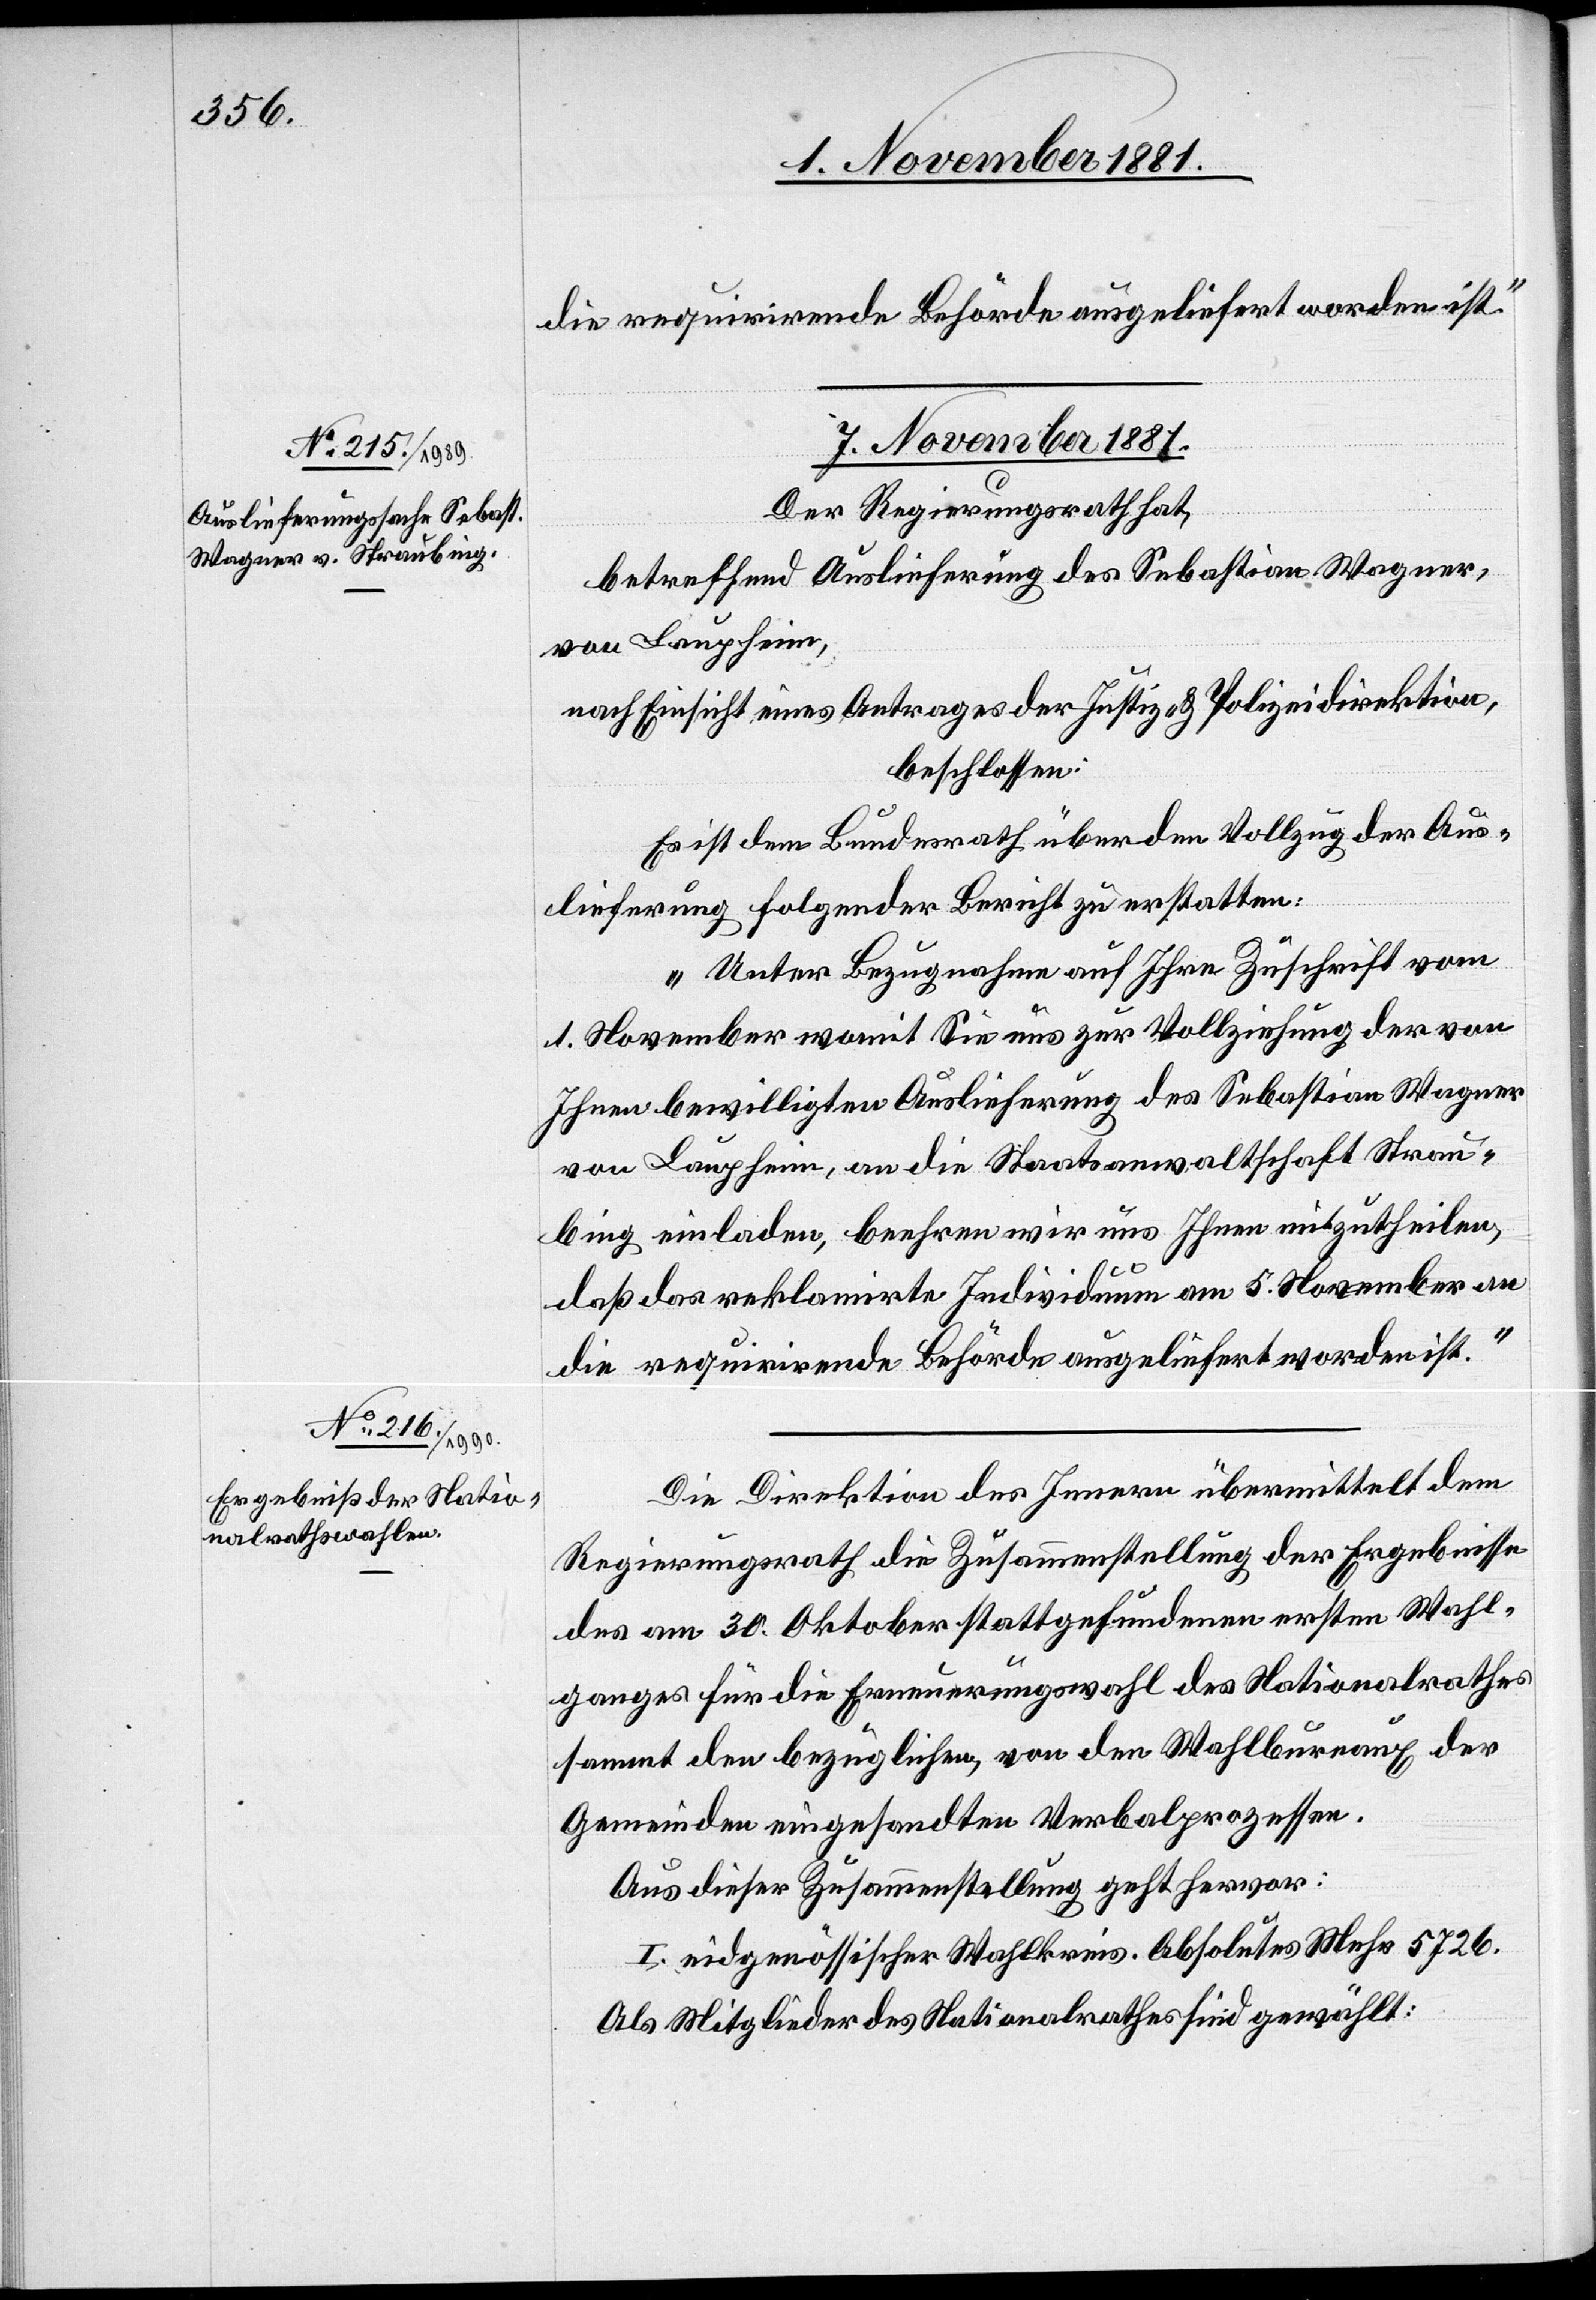
die requirirende Behörde ausgeliefert worden ist.“
7. November 1881.]
Der Regierungsrath hat,
betreffend Auslieferung des Sebastian Wagner,
von Laupheim,
nach Einsicht eines Antrages der Justiz- & Polizeidirektion,
beschlossen:
Es ist dem Bundesrath über den Vollzug der Aus¬
lieferung folgender Bericht zu erstatten:
„Unter Bezugnahme auf Ihre Zuschrift vom
1. November womit Sie uns zur Vollziehung der von
Ihnen bewilligten Auslieferung des Sebastian Wagner
von Laupheim, an die Staatsanwaltschaft Strau¬
bing einladen, beehren wir uns Ihnen mitzutheilen,
daß das reklamirte Individuum am 5. November an
Die Direktion des Innern übermittelt dem
Regierungsrath die Zusammenstellung der Ergebnisse
des am 30. Oktober stattgefundenen ersten Wahl¬
ganges für die Erneuerungswahl des Nationalrathes
sammt den bezüglichen, von den Wahlbureaux der
Gemeinden eingesandten Verbalprozessen.
Aus dieser Zusammenstellung geht hervor:
I. eidgenössischer Wahlkreis. Absolutes Mehr 5726.
Als Mitglieder des Nationalrathes sind gewählt: